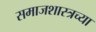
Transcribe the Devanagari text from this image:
समाजशास्त्रच्या